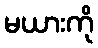
မယားကို